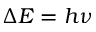
\Delta E = h \nu